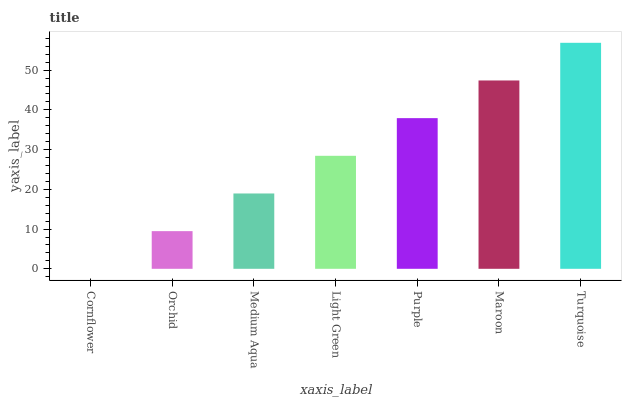
| xaxis_label | bars |
 | --- | --- |
 | Cornflower | 0 |
 | Orchid | 9.48 |
 | Medium Aqua | 19 |
 | Light Green | 28.4 |
 | Purple | 37.9 |
 | Maroon | 47.4 |
 | Turquoise | 56.9 |